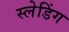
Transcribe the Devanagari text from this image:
स्लेडिंग